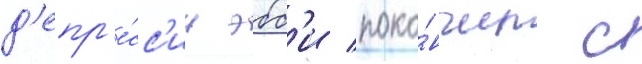
д'епр'е́сс'ии эбб'и поко́нчил с